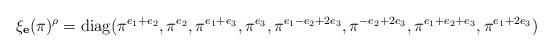
LaTeX: \begin{align*} \xi_\mathbf{e}(\pi)^\rho= \operatorname{diag}( \pi^{e_1+e_2}, \pi^{e_2}, \pi^{e_1+e_3}, \pi^{e_3}, \pi^{e_1-e_2+2e_3}, \pi^{-e_2+2e_3}, \pi^{e_1+e_2+e_3}, \pi^{e_1+2e_3} )\end{align*}